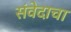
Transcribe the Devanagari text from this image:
संवेदाचा